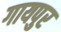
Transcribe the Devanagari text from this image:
गायपुर